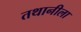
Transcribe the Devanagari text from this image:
तथानीला